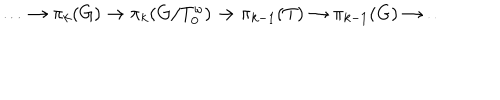
\ldots \to \pi _ { k } ( G ) \to \pi _ { k } ( G / T _ { 0 } ^ { \omega } ) \to \pi _ { k - 1 } ( T ) \to \pi _ { k - 1 } ( G ) \to \ldots